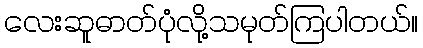
လေးဆူဓာတ်ပုံလို့သမုတ်ကြပါတယ်။